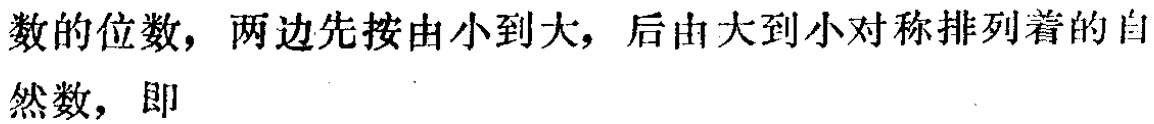
数的位数，两边先按由小到大，后由大到小对称排列着的自然数，即